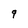
Character: q